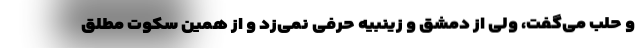
و حلب می‌گفت، ولی از دمشق و زینبیه حرفی نمی‌زد و از همین سکوت مطلق